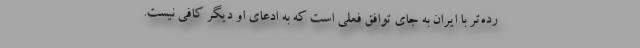
رده‌تر با ایران به جای توافق فعلی است که به ادعای او دیگر کافی نیست.